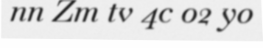
nn Zm tv 4c o2 y0